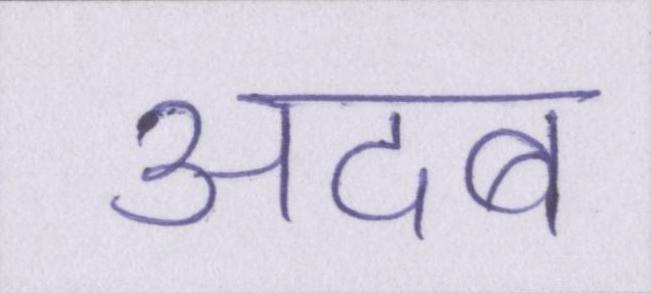
अदब